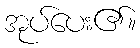
အုပ်ပေး၏။